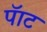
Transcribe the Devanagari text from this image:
पॅाट